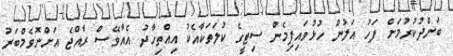
ބަންދުކުރުމަށް ފަހު އަލުން ހުޅުވައިފިމެން ސިޓީގެ ކުލަތަކާއެކު އިއްތިހާދު އެއާވޭސް ރާއްޖެ އަށްނޮވެމްބަރު